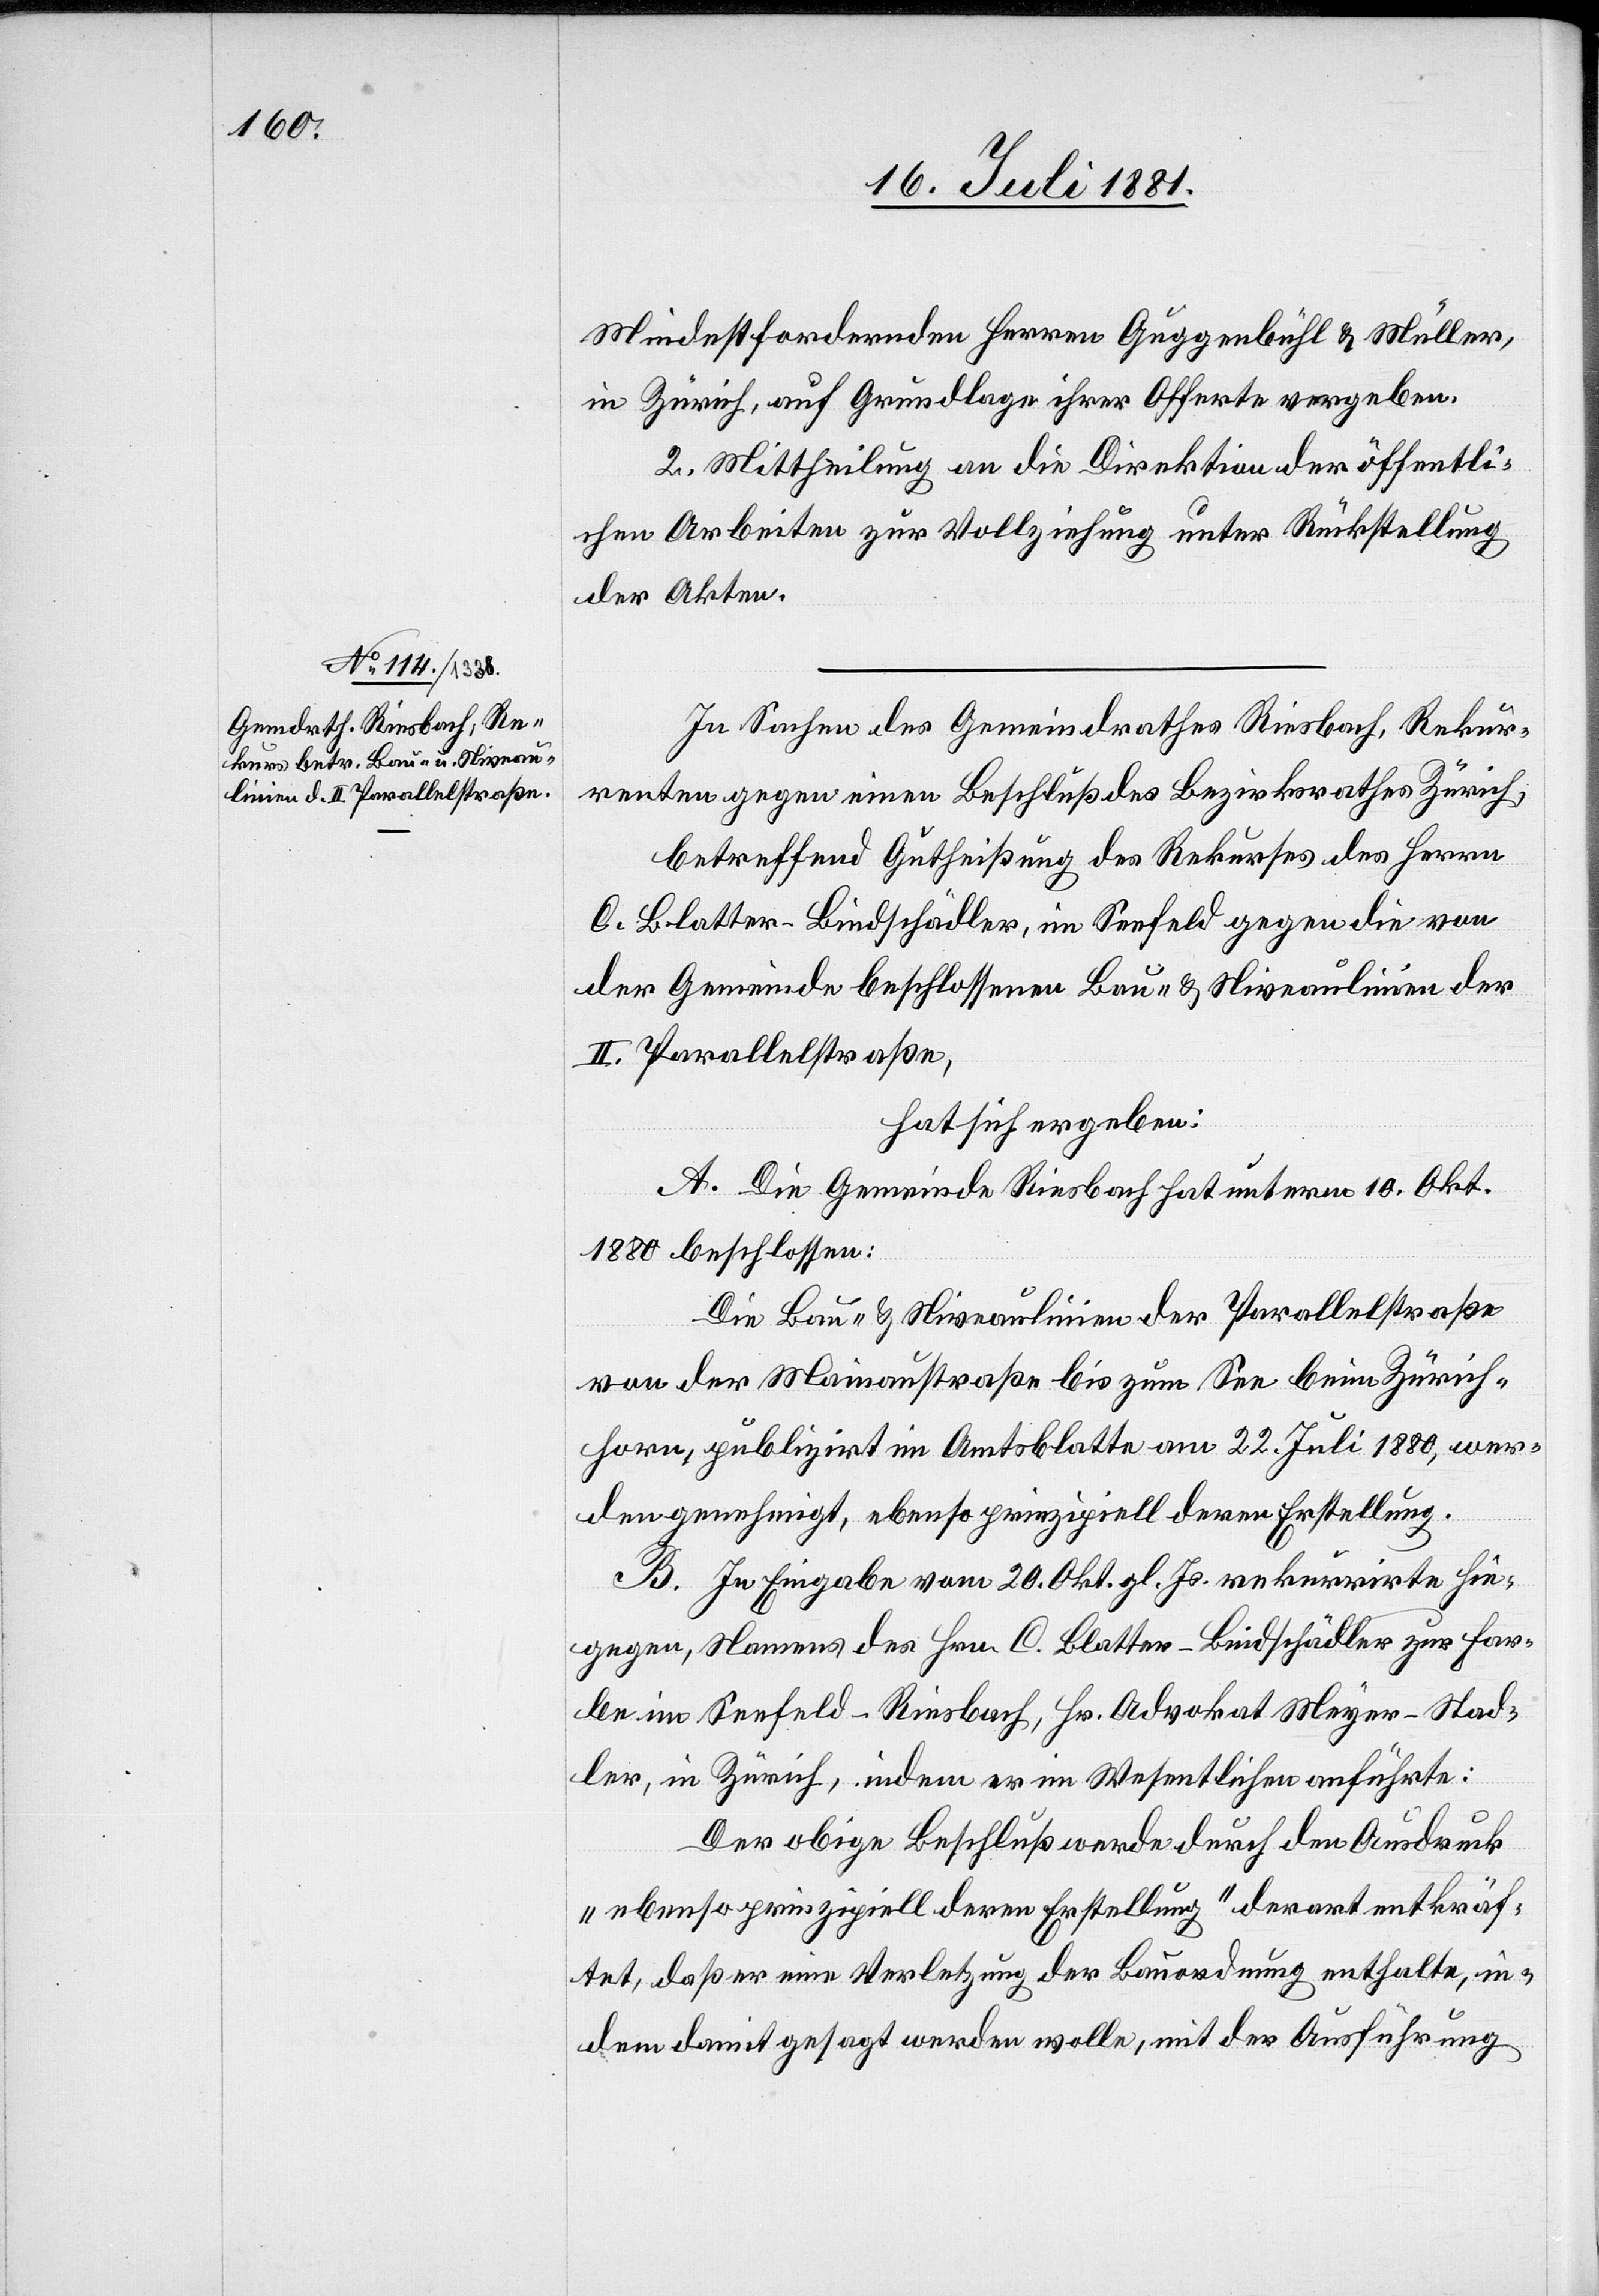
Mindestfordernden Herren Guggenbühl & Müller,
in Zürich auf Grundlage ihrer Offerte vergeben.
2. Mittheilung an die Direktion der öffentli¬
chen Arbeiten zur Vollziehung unter Rückstellung
der Akten.
In Sachen des Gemeindrathes Riesbach, Rekur¬
renten gegen einen Beschluß des Bezirksrathes Zürich,
betreffend Gutheißung des Rekurses des Herrn
C. Blatter-Bindschädler, im Seefeld gegen die von
der Gemeinde beschlossenen Bau- & Niveaulinien der
II. Parallelstraße,
hat sich ergeben:
A. Die Gemeinde Riesbach hat unterm 10. Okt.
1880 beschlossen:
Die Bau- & Niveaulinien der Parallelstraße
von der Mainaustraße bis zum See bei Zürich¬
horn, publizirt im Amtsblatte am 22. Juli 1880, wer¬
den genehmigt, ebenso prinzipiell deren Erstellung.
B. In Eingabe vom 20. Okt. gl. Js. rekurrirte hie¬
gegen, Namens des Hrn C. Blatter-Bindschädler zur Far¬
be im Seefeld - Riesbach, Hr. Advokat Meyer-Stad¬
ler, in Zürich, indem er im Wesentlichen anführte:
Der obige Beschluß werde durch den Ausdruck
„ebenso prinzipiell deren Entstellung“ derart entkräf¬
tet, daß er eine Verletzung der Bauordnung enthalte, in¬
dem damit gesagt werden wolle, mit der Ausführung